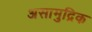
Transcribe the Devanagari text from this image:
असामुद्रिक